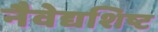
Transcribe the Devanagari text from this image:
नैवेद्यशिष्ट